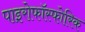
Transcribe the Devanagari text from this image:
पाइरोफॉस्फोरिक